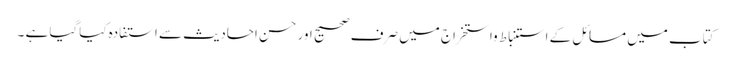
کتاب میں مسائل کے استنباط واستخراج میں صرف صحیح اور حسن احادیث سے استفادہ کیاگیا ہے ۔